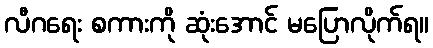
လီဂရေး စကားကို ဆုံးအောင် မပြောလိုက်ရ။